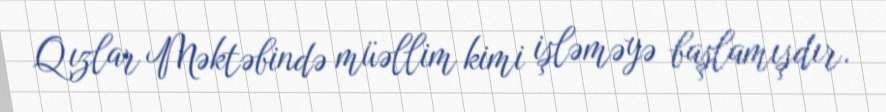
Qızlar Məktəbində müəllim kimi işləməyə başlamışdır.